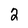
Character: 2